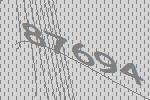
87694